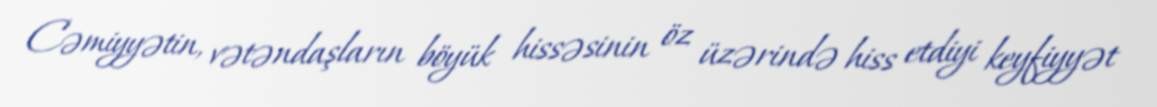
Cəmiyyətin, vətəndaşların böyük hissəsinin öz üzərində hiss etdiyi keyfiyyət